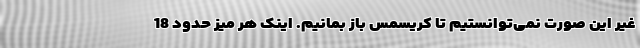
غیر این صورت نمی‌توانستیم تا کریسمس باز بمانیم. اینک هر میز حدود 18